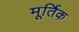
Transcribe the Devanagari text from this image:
मूर्तिक